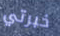
خبرتي